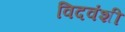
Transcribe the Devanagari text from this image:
विदवंशी